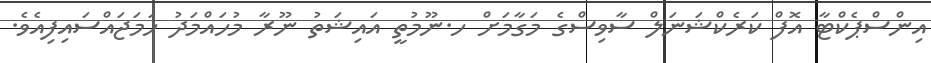
އިންސްޕެކްޓާ އޮފް ކަރެކްޝަނަލް ސާވިސްގެ މަގާމަށް ހ.ނޫމުތީ އައިޝަތު ނޫރާ މުހައްމަދު ހަމަޖައްސައިފިއެވެ.